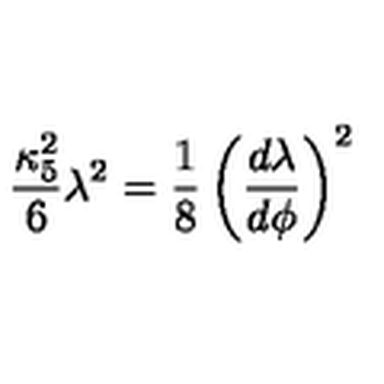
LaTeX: { \frac { \kappa _ { 5 } ^ { 2 } } { 6 } } \lambda ^ { 2 } = { \frac { 1 } { 8 } } \left( { \frac { d \lambda } { d \phi } } \right) ^ { 2 }